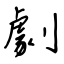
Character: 劇